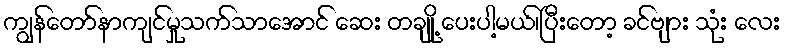
ကျွန်တော်နာကျင်မှုသက်သာအောင် ဆေး တချို့ ပေးပါ့မယ်၊ပြီးတော့ ခင်ဗျား သုံး လေး